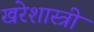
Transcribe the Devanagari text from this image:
खरेशास्त्री